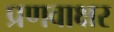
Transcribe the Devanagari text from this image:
प्रणवाक्षर